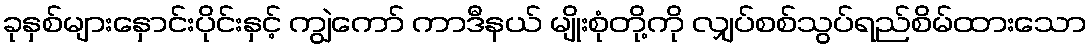
ခုနှစ်များနှောင်းပိုင်းနှင့် ကျွဲကော် ကာဒီနယ် မျိုးစုံတို့ကို လျှပ်စစ်သွပ်ရည်စိမ်ထားသော